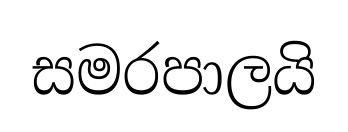
සමරපාලයි